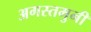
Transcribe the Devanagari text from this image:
अगस्‍तमुनी